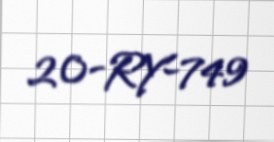
20-RY-749